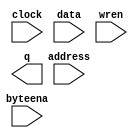
// megafunction wizard: %RAM: 1-PORT%VBB%
// GENERATION: STANDARD
// VERSION: WM1.0
// MODULE: altsyncram 

// ============================================================
// Megafunction Name(s):
// 			altsyncram
//
// Simulation Library Files(s):
// 			altera_mf
// ============================================================
// ************************************************************
// THIS IS A WIZARD-GENERATED FILE. DO NOT EDIT THIS FILE!
//
// 13.1.0 Build 162 10/23/2013 SJ Web Edition
// ************************************************************

//Copyright (C) 1991-2013 Altera Corporation
//Your use of Altera Corporation's design tools, logic functions 
//and other software and tools, and its AMPP partner logic 
//functions, and any output files from any of the foregoing 
//(including device programming or simulation files), and any 
//associated documentation or information are expressly subject 
//to the terms and conditions of the Altera Program License 
//Subscription Agreement, Altera MegaCore Function License 
//Agreement, or other applicable license agreement, including, 
//without limitation, that your use is for the sole purpose of 
//programming logic devices manufactured by Altera and sold by 
//Altera or its authorized distributors.  Please refer to the 
//applicable agreement for further details.

module SRAM (
	address,
	byteena,
	clock,
	data,
	wren,
	q);

	input	[9:0]  address;
	input	[3:0]  byteena;
	input	  clock;
	input	[31:0]  data;
	input	  wren;
	output	[31:0]  q;
`ifndef ALTERA_RESERVED_QIS
// synopsys translate_off
`endif
	tri1	[3:0]  byteena;
	tri1	  clock;
`ifndef ALTERA_RESERVED_QIS
// synopsys translate_on
`endif

endmodule

// ============================================================
// CNX file retrieval info
// ============================================================
// Retrieval info: PRIVATE: ADDRESSSTALL_A NUMERIC "0"
// Retrieval info: PRIVATE: AclrAddr NUMERIC "0"
// Retrieval info: PRIVATE: AclrByte NUMERIC "0"
// Retrieval info: PRIVATE: AclrData NUMERIC "0"
// Retrieval info: PRIVATE: AclrOutput NUMERIC "0"
// Retrieval info: PRIVATE: BYTE_ENABLE NUMERIC "1"
// Retrieval info: PRIVATE: BYTE_SIZE NUMERIC "8"
// Retrieval info: PRIVATE: BlankMemory NUMERIC "1"
// Retrieval info: PRIVATE: CLOCK_ENABLE_INPUT_A NUMERIC "0"
// Retrieval info: PRIVATE: CLOCK_ENABLE_OUTPUT_A NUMERIC "0"
// Retrieval info: PRIVATE: Clken NUMERIC "0"
// Retrieval info: PRIVATE: DataBusSeparated NUMERIC "1"
// Retrieval info: PRIVATE: IMPLEMENT_IN_LES NUMERIC "0"
// Retrieval info: PRIVATE: INIT_FILE_LAYOUT STRING "PORT_A"
// Retrieval info: PRIVATE: INIT_TO_SIM_X NUMERIC "0"
// Retrieval info: PRIVATE: INTENDED_DEVICE_FAMILY STRING "Cyclone III"
// Retrieval info: PRIVATE: JTAG_ENABLED NUMERIC "0"
// Retrieval info: PRIVATE: JTAG_ID STRING "NONE"
// Retrieval info: PRIVATE: MAXIMUM_DEPTH NUMERIC "0"
// Retrieval info: PRIVATE: MIFfilename STRING ""
// Retrieval info: PRIVATE: NUMWORDS_A NUMERIC "1024"
// Retrieval info: PRIVATE: RAM_BLOCK_TYPE NUMERIC "0"
// Retrieval info: PRIVATE: READ_DURING_WRITE_MODE_PORT_A NUMERIC "4"
// Retrieval info: PRIVATE: RegAddr NUMERIC "1"
// Retrieval info: PRIVATE: RegData NUMERIC "1"
// Retrieval info: PRIVATE: RegOutput NUMERIC "0"
// Retrieval info: PRIVATE: SYNTH_WRAPPER_GEN_POSTFIX STRING "0"
// Retrieval info: PRIVATE: SingleClock NUMERIC "1"
// Retrieval info: PRIVATE: UseDQRAM NUMERIC "1"
// Retrieval info: PRIVATE: WRCONTROL_ACLR_A NUMERIC "0"
// Retrieval info: PRIVATE: WidthAddr NUMERIC "10"
// Retrieval info: PRIVATE: WidthData NUMERIC "32"
// Retrieval info: PRIVATE: rden NUMERIC "0"
// Retrieval info: LIBRARY: altera_mf altera_mf.altera_mf_components.all
// Retrieval info: CONSTANT: BYTE_SIZE NUMERIC "8"
// Retrieval info: CONSTANT: CLOCK_ENABLE_INPUT_A STRING "BYPASS"
// Retrieval info: CONSTANT: CLOCK_ENABLE_OUTPUT_A STRING "BYPASS"
// Retrieval info: CONSTANT: INTENDED_DEVICE_FAMILY STRING "Cyclone III"
// Retrieval info: CONSTANT: LPM_HINT STRING "ENABLE_RUNTIME_MOD=NO"
// Retrieval info: CONSTANT: LPM_TYPE STRING "altsyncram"
// Retrieval info: CONSTANT: NUMWORDS_A NUMERIC "1024"
// Retrieval info: CONSTANT: OPERATION_MODE STRING "SINGLE_PORT"
// Retrieval info: CONSTANT: OUTDATA_ACLR_A STRING "NONE"
// Retrieval info: CONSTANT: OUTDATA_REG_A STRING "UNREGISTERED"
// Retrieval info: CONSTANT: POWER_UP_UNINITIALIZED STRING "FALSE"
// Retrieval info: CONSTANT: READ_DURING_WRITE_MODE_PORT_A STRING "NEW_DATA_WITH_NBE_READ"
// Retrieval info: CONSTANT: WIDTHAD_A NUMERIC "10"
// Retrieval info: CONSTANT: WIDTH_A NUMERIC "32"
// Retrieval info: CONSTANT: WIDTH_BYTEENA_A NUMERIC "4"
// Retrieval info: USED_PORT: address 0 0 10 0 INPUT NODEFVAL "address[9..0]"
// Retrieval info: USED_PORT: byteena 0 0 4 0 INPUT VCC "byteena[3..0]"
// Retrieval info: USED_PORT: clock 0 0 0 0 INPUT VCC "clock"
// Retrieval info: USED_PORT: data 0 0 32 0 INPUT NODEFVAL "data[31..0]"
// Retrieval info: USED_PORT: q 0 0 32 0 OUTPUT NODEFVAL "q[31..0]"
// Retrieval info: USED_PORT: wren 0 0 0 0 INPUT NODEFVAL "wren"
// Retrieval info: CONNECT: @address_a 0 0 10 0 address 0 0 10 0
// Retrieval info: CONNECT: @byteena_a 0 0 4 0 byteena 0 0 4 0
// Retrieval info: CONNECT: @clock0 0 0 0 0 clock 0 0 0 0
// Retrieval info: CONNECT: @data_a 0 0 32 0 data 0 0 32 0
// Retrieval info: CONNECT: @wren_a 0 0 0 0 wren 0 0 0 0
// Retrieval info: CONNECT: q 0 0 32 0 @q_a 0 0 32 0
// Retrieval info: GEN_FILE: TYPE_NORMAL SRAM.v TRUE
// Retrieval info: GEN_FILE: TYPE_NORMAL SRAM.inc TRUE
// Retrieval info: GEN_FILE: TYPE_NORMAL SRAM.cmp TRUE
// Retrieval info: GEN_FILE: TYPE_NORMAL SRAM.bsf TRUE
// Retrieval info: GEN_FILE: TYPE_NORMAL SRAM_inst.v TRUE
// Retrieval info: GEN_FILE: TYPE_NORMAL SRAM_bb.v TRUE
// Retrieval info: LIB_FILE: altera_mf